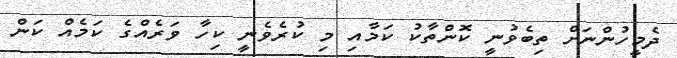
ދެމީހުންނަށް ތިބެވުނީ ކޮންތާކު ކަމާއި މި ކުރެވެނީ ކިހާ ވަރެއްގެ ކަމެއް ކަން